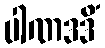
ပါဏဒဒိံ